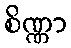
စိဏ္ဏာ